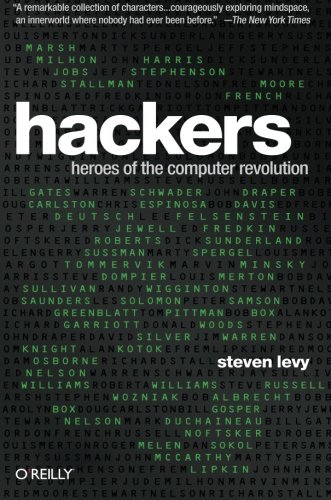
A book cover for Hackers: Heroes of the Computer Revolution - 25th Anniversary Edition; Steven Levy; Computers & Technology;